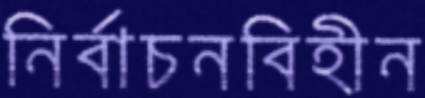
নির্বাচনবিহীন